Vaccination report Assam 1896-1927 - 1896-1927
Year: 1896
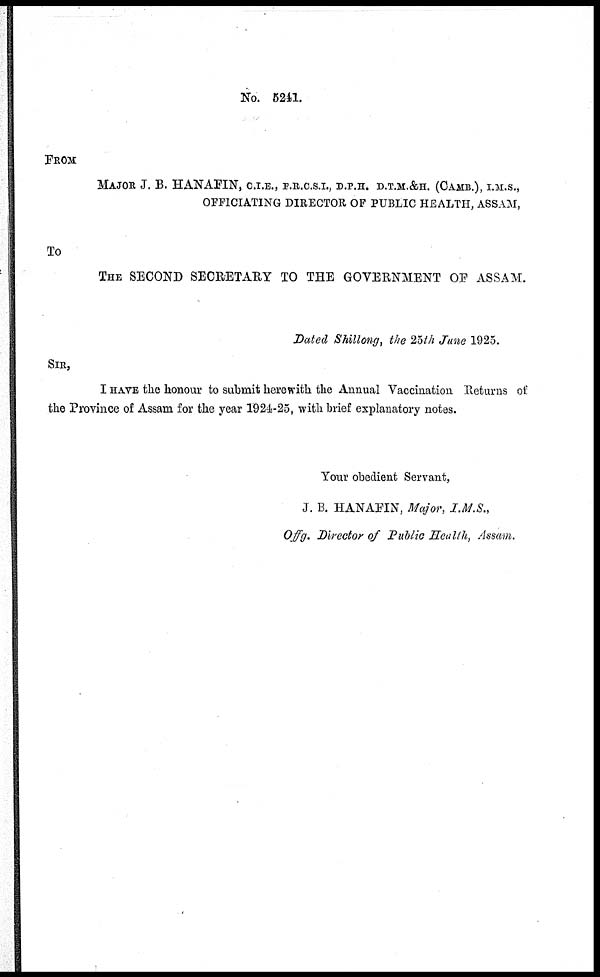
No. 5241.
FROM
MAJOR J. B. HANAFIN, C.I.E., F.R.C.S.I., D.P.H. D.T.M.&H. (CAMB.), I.M.S.,
OFFICIATING DIRECTOR OF PUBLIC HEALTH, ASSAM,
To
THE SECOND SECRETARY TO THE GOVERNMENT OF ASSAM.
Dated Shillong, the 25th June 1925.
SIR,
I HAVE the honour to submit herewith the Annual Vaccination Returns of
the Province of Assam for the year 1924-25, with brief explanatory notes.
Your obedient Servant,
J. B. HANAFIN, Major, I.M.S.,
Offg. Director of Public Health, Assam.